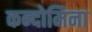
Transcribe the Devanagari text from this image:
कन्दोमिना